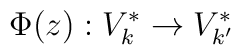
\Phi (z): V^*_k \rightarrow V^*_{k'}